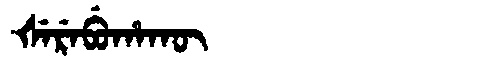
Manchu: ᡧᡝᡵᡝᠪᡠᡥᠠᡴᡡ
Romanization: ŠEREBUHAKŪ